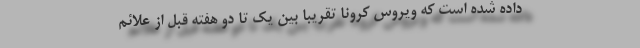
داده شده است که ویروس کرونا تقریباً بین یک تا دو هفته قبل از علائم